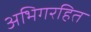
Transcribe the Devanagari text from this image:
अभिगरहित